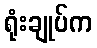
ရုံးချုပ်က